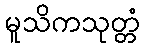
မူသိကသုတ္တံ